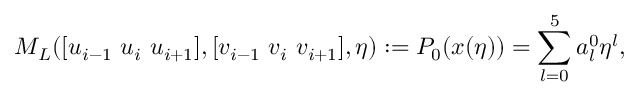
M _ { L } ( [ u _ { i - 1 } ~ u _ { i } ~ u _ { i + 1 } ] , [ v _ { i - 1 } ~ v _ { i } ~ v _ { i + 1 } ] , \eta ) : = P _ { 0 } ( x ( \eta ) ) = \sum _ { l = 0 } ^ { 5 } a _ { l } ^ { 0 } \eta ^ { l } ,